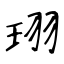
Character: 珝